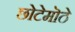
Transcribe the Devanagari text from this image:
छोटेमॊठे